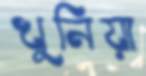
খুনিয়া